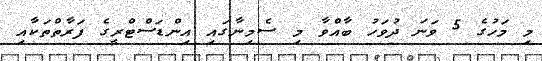
މި މަހުގެ 5 ވަނަ ދުވަހު ބާއްވާ މި ސެމިނާގައި އިންޑަސްޓްރީގެ ފަރާތްތަކާއި